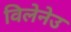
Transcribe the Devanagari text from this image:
विलेनेउ